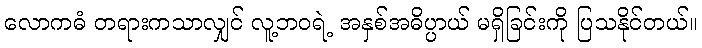
လောကဓံ တရားကသာလျှင် လူ့ဘဝရဲ့ အနှစ်အဓိပ္ပာယ် မရှိခြင်းကို ပြသနိုင်တယ်။